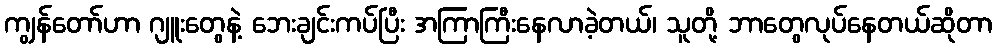
ကျွန်တော်ဟာ ဂျူးတွေနဲ့ ဘေးချင်းကပ်ပြီး အကြာကြီးနေလာခဲ့တယ်၊ သူတို့ ဘာတွေလုပ်နေတယ်ဆိုတာ